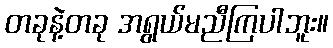
တခုနဲ့တခု အရွယ်မညီကြပါဘူး။